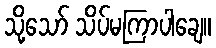
သို့သော် သိပ်မကြာပါချေ။